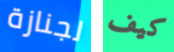
لجنازة كيف